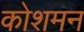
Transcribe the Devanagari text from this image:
कोशमन